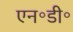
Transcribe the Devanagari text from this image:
एन॰डी॰